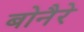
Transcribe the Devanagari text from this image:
बोनैरे